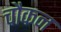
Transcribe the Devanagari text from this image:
चौकन